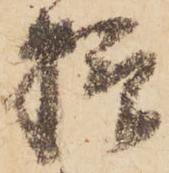
様